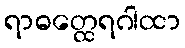
ရာဓတ္ထေရဂါထာ